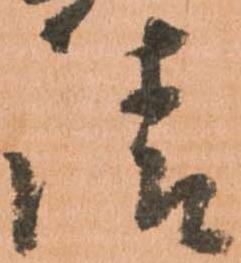
請